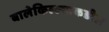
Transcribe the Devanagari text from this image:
बालेकिल्ल्याकडील